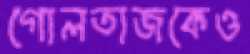
গোলতাজকেও